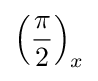
\left({\frac {\pi }{2}}\right)_{x}